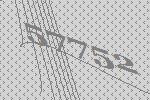
57752